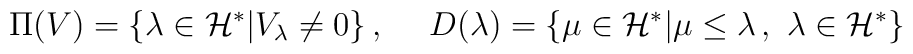
\Pi (V)=\{\lambda \in {\cal H}^*|V_\lambda\neq 0\}\,,~~~~D(\lambda)=\{\mu\in{\cal H}^*|\mu\leq \lambda\,,~\lambda\in{\cal H}^*\}\nonumber